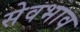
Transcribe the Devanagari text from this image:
सेवभाव